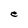
Character: e